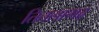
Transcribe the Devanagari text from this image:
तितलागढ़